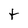
Character: t